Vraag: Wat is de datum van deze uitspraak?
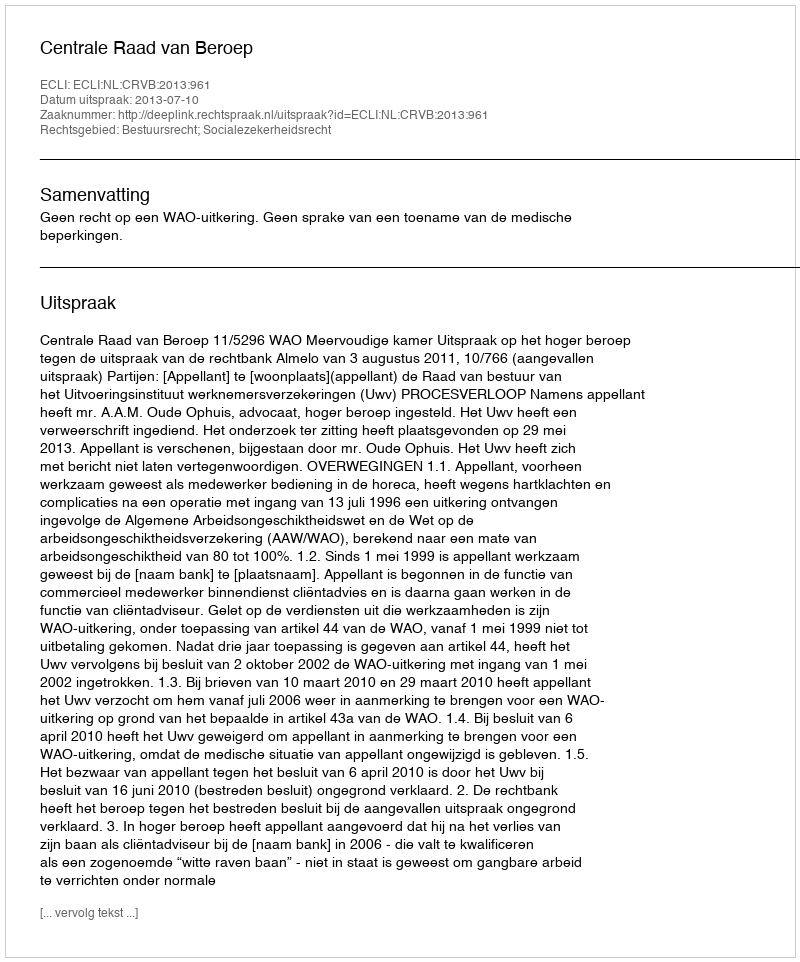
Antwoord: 2013-07-10